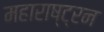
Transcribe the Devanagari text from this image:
महाराष्ट्रन